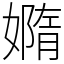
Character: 嫷